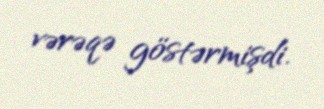
vərəqə göstərmişdi.